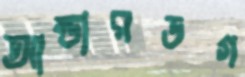
আন্ডারডগ